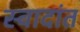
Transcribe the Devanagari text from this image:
स्वादांत